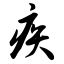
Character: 疾